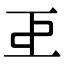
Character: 𢀓